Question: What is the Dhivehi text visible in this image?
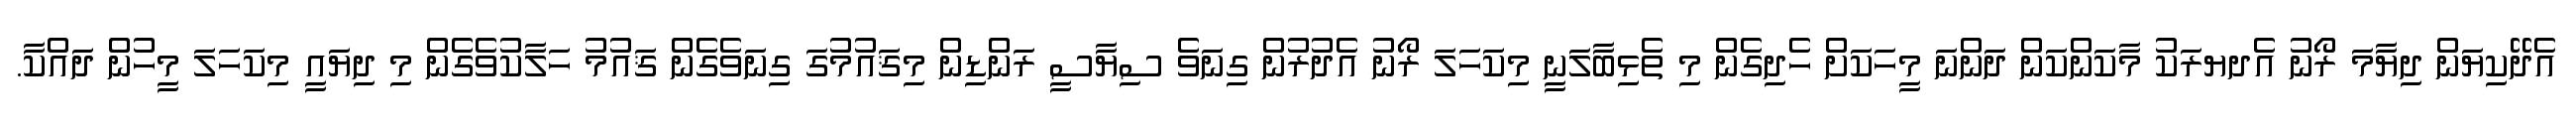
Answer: އެދޭކިޔަން ދިޔާމަ ރޯނު އެދޔރަކު މާކަންކަން ދަންނަ މީހަކަށް ހެދިގެން މި ތެޅިބާލަނީ މިކަހަލަ ރޯނު އެދުރުން ގިނަވެ ސިޔާސީ ރަންޑިން މިޤައުމުގަ ގިނަވެގެން ޤައުމު ހަލާކުވެގެން މި ދިޔައީ މިކަހަލަ މީހުން ދައްކާ.